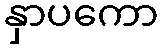
နှာပကော